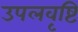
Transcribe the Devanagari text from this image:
उपलवृष्टि